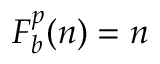
F _ { b } ^ { p } ( n ) = n